Report of veterinary surgeon J.H. Steel, A.V.D., on his investigation into an obscure and fatal disease among transport mules in British Burma
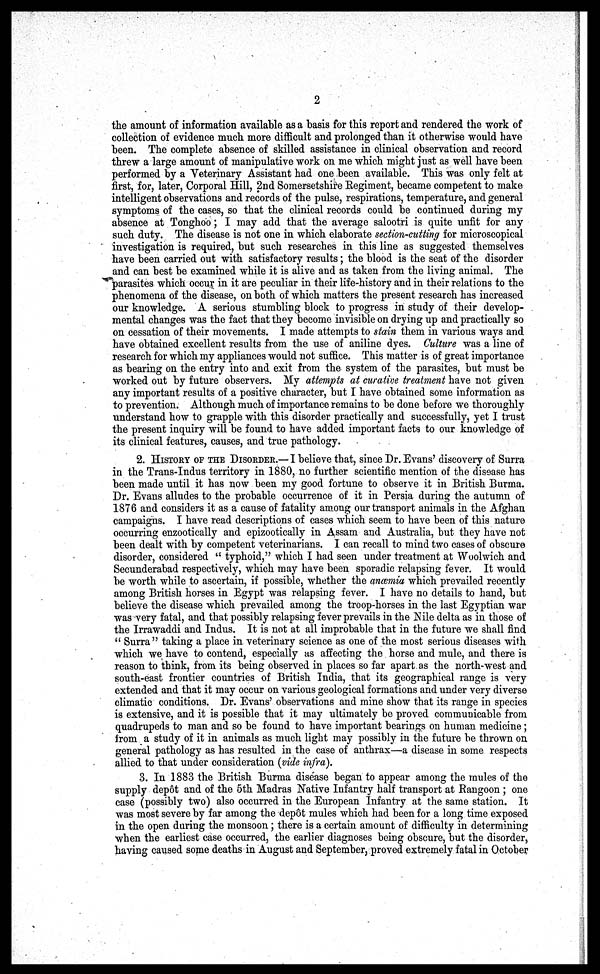
2
the amount of information available as a basis for this report and rendered the work of
collection of evidence much more difficult and prolonged than it otherwise would have
been. The complete absence of skilled assistance in clinical observation and record
threw a large amount of manipulative work on me which might just as well have been
performed by a Veterinary Assistant had one been available. This was only felt at
first, for, later, Corporal Hill, 2nd Somersetshire Regiment, became competent to make
intelligent observations and records of the pulse, respirations, temperature, and general
symptoms of the cases, so that the clinical records could be continued during my
absence at Tonghoo; I may add that the average salootri is quite unfit for any
such duty. The disease is not one in which elaborate section-cutting for microscopical
investigation is required, but such researches in this line as suggested themselves
have been carried out with satisfactory results; the blood is the seat of the disorder
and can best be examined while it is alive and as taken from the living animal. The
parasites which occur in it are peculiar in their life-history and in their relations to the
phenomena of the disease, on both of which matters the present research has increased
our knowledge. A serious stumbling block to progress in study of their develop-
mental changes was the fact that they become invisible on drying up and practically so
on cessation of their movements. I made attempts to stain them in various ways and
have obtained excellent results from the use of aniline dyes. Culture was a line of
research for which my appliances would not suffice. This matter is of great importance
as bearing on the entry into and exit from the system of the parasites, but must be
Worked out by future observers. My attempts at curative treatment have not given
any important results of a positive character, but I have obtained some information as
to prevention. Although much of importance remains to be done before we thoroughly
understand how to grapple with this disorder practically and successfully, yet I trust
the present inquiry will be found to have added important facts to our knowledge of
its clinical features, causes, and true pathology.
2. HISTORY OF THE DISORER.—I believe that, since Dr. Evans' discovery of Surra
in the Trans-Indus territory in 1880, no further scientific mention of the disease has
been made until it has now been my good fortune to observe it in British Burma.
Dr. Evans alludes to the probable occurrence of it in Persia during the autumn of
1876 and considers it as a cause of fatality among our transport animals in the Afghan
campaigns. I have read descriptions of cases which seem to have been of this nature
occurring enzootically and epizootically in Assam and Australia, but they have not
been dealt with by competent veterinarians. I can recall to mind two cases of obscure
disorder, considered " typhoid," which I had seen under treatment at Woolwich and
Secunderabad respectively, which may have been sporadic relapsing fever. It would
be worth while to ascertain, if possible, whether the anæmia which prevailed recently
among British horses in Egypt was relapsing fever. I have no details to hand, but
believe the disease which prevailed among the troop-horses in the last Egyptian war
was very fatal, and that possibly relapsing fever prevails in the Kile delta as in those of
the Irrawaddi and Indus. It is not at all improbable that in the future we shall find
" Surra" taking a place in veterinary science as one of the most serious diseases with
which we have to contend, especially as affecting the horse and mule, and there is
reason to think, from its being observed in places so far apart as the north-west and
south-east frontier countries of British India, that its geographical range is very
extended and that it may occur on various geological formations and under very diverse
climatic conditions. Dr. Evans' observations and mine show that its range in species
is extensive, and it is possible that it may ultimately be proved communicable from
quadrupeds to man and so be found to have important bearings on human medicine;
from a study of it in animals as much light may possibly in the future be thrown on
general pathology as has resulted in the case of anthrax—a disease in some respects
allied to that under consideration (vide infra).
3. In 1883 the British Burma disease began to appear among the mules of the
supply depot and of the 5th Madras Native Infantry half transport at Rangoon ; one
case (possibly two) also occurred in the European Infantry at the same station. It
was most severe by far among the dep6t mules which had been for a long time exposed
in the open during the monsoon; there is a certain amount of difficulty in determining
when the earliest case occurred, the earlier diagnoses being obscure, but the disorder,
having caused some deaths in August and September, proved extremely fatal in October